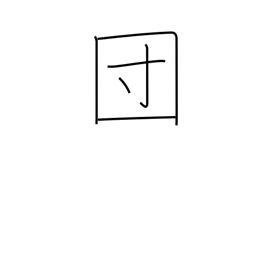
Meaning: association